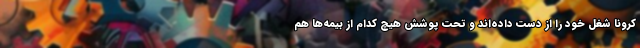
کرونا شغل خود را از دست داده‌اند و تحت پوشش هیچ کدام از بیمه‌ها هم